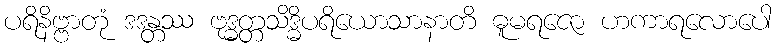
ပရိနိဗ္ဗာတုံ ဒဒန္တဿ ဗုဒ္ဓတ္တသိဒ္ဓိပရိယောသာနာတိ ဓူမရဇော ဟကာရလောပေါ